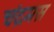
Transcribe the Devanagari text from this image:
चंद्रमस